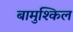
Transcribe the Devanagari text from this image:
बामुश्किल